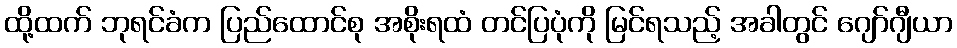
ထို့ထက် ဘုရင်ခံက ပြည်ထောင်စု အစိုးရထံ တင်ပြပုံကို မြင်ရသည့် အခါတွင် ဂျော်ဂျီယာ